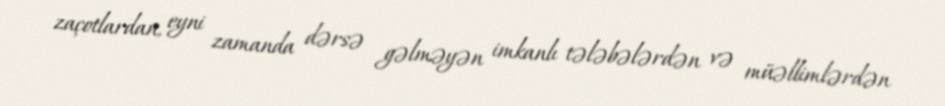
zaçotlardan, eyni zamanda dərsə gəlməyən imkanlı tələbələrdən və müəllimlərdən